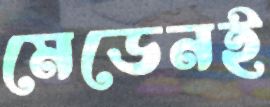
মেডেনই